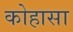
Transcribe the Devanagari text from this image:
कोहासा